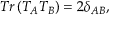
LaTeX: T r \left( T _ { A } T _ { B } \right) = 2 \delta _ { A B } ,